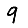
Digit: 9